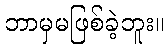
ဘာမှမဖြစ်ခဲ့ဘူး။